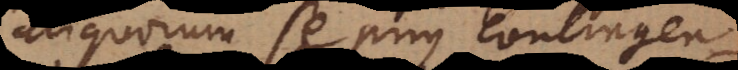
aliquorum se prius contingentium